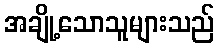
အချို့သောသူများသည်